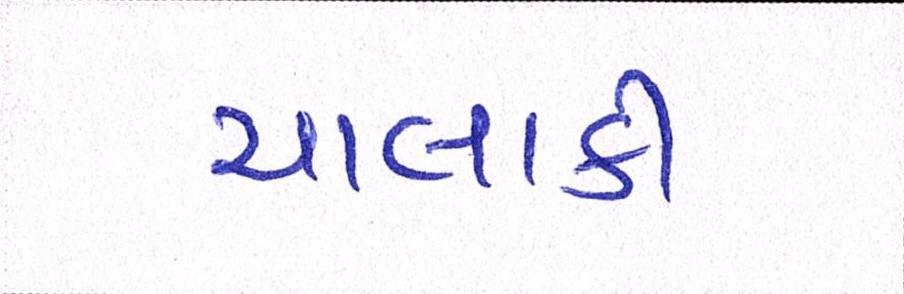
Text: ચાલાકી